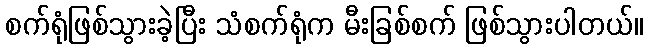
စက်ရုံဖြစ်သွားခဲ့ပြီး သံစက်ရုံက မီးခြစ်စက် ဖြစ်သွားပါတယ်။